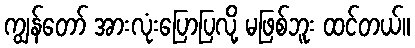
ကျွန်တော် အားလုံးပြောပြလို့ မဖြစ်ဘူး ထင်တယ်။